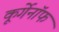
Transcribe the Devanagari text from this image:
कूर्गेनॉफ